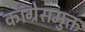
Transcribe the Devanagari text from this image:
कांग्रेसमुक्त